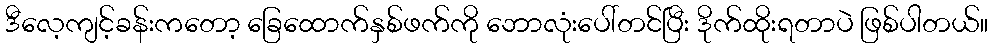
ဒီလေ့ကျင့်ခန်းကတော့ ခြေထောက်နှစ်ဖက်ကို ဘောလုံးပေါ်တင်ပြီး ဒိုက်ထိုးရတာပဲ ဖြစ်ပါတယ်။